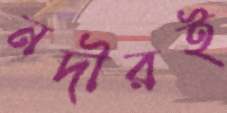
নদীরই